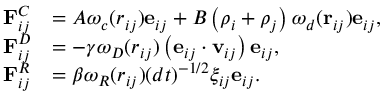
\begin{array} { r l } { \mathbf { F } _ { i j } ^ { C } } & { = A \omega _ { c } ( r _ { i j } ) \mathbf { e } _ { i j } + B \left( \rho _ { i } + \rho _ { j } \right) \omega _ { d } ( \mathbf { r } _ { i j } ) \mathbf { e } _ { i j } , } \\ { \mathbf { F } _ { i j } ^ { D } } & { = - \gamma \omega _ { D } ( r _ { i j } ) \left( \mathbf { e } _ { i j } \cdot \mathbf { v } _ { i j } \right) \mathbf { e } _ { i j } , } \\ { \mathbf { F } _ { i j } ^ { R } } & { = \beta \omega _ { R } ( r _ { i j } ) ( d t ) ^ { - 1 / 2 } \xi _ { i j } \mathbf { e } _ { i j } . } \end{array}